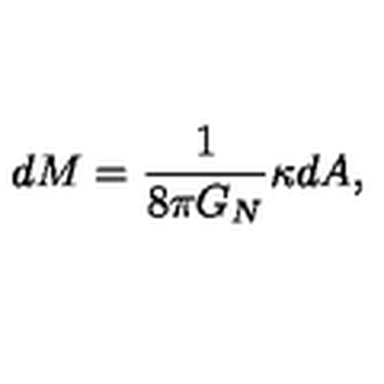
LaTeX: d M = { \frac { 1 } { 8 \pi G _ { N } } } \kappa d A ,